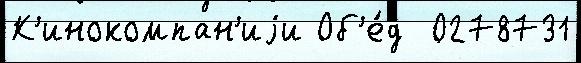
К'инокомпан'иjи Об'е́д  0278731